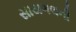
સાયગલની